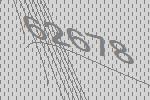
62678